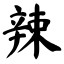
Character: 辣